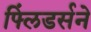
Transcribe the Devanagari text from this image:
फ्लिंडर्सने